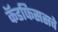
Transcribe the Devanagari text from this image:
कॅडफिससचे